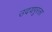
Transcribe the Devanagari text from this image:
उदयपूरला